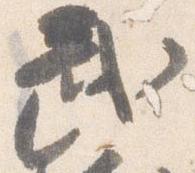
武